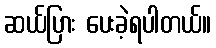
ဆယ်ပြား ပေးခဲ့ရပါတယ်။